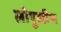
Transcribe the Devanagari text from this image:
लोपुखीना